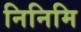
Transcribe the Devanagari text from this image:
निनिमि